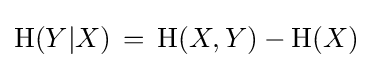
\mathrm {H} (Y|X)\,=\,\mathrm {H} (X,Y)-\mathrm {H} (X)